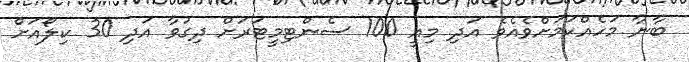
ބާނާ މަހެއްކަމަށްވެއެވެ އަދި މިއީ 100 ސެންޓިމީޓަރަށް ދިގުވާ އަދި 30 ކިލޯއަށް